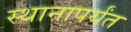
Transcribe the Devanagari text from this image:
स्थानापर्यंत